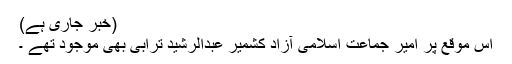
(خبر جاری ہے)
اس موقع پر امیر جماعت اسلامی آزاد کشمیر عبدالرشید ترابی بھی موجود تھے ۔